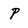
Character: P